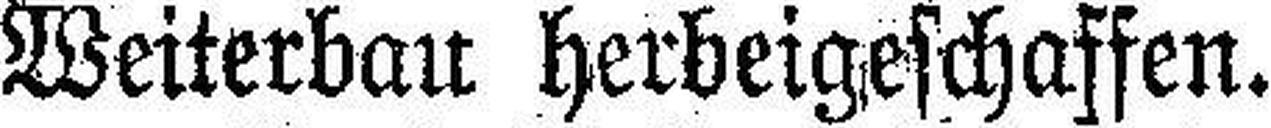
Weiterbau herbeigeschaffen.